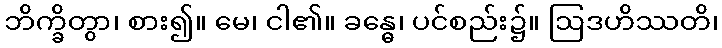
ဘိက္ခိတွာ၊ စား၍။ မေ၊ ငါ၏။ ခန္ဓေ၊ ပင်စည်း၌။ ဩဒဟိဿတိ၊